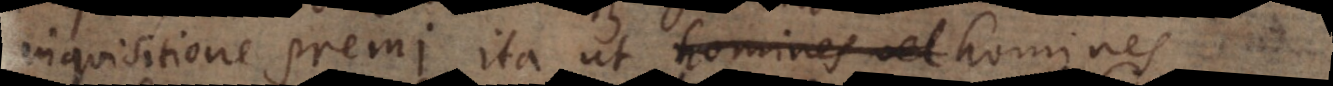
inquisitione premi, ita ut homines prae cae